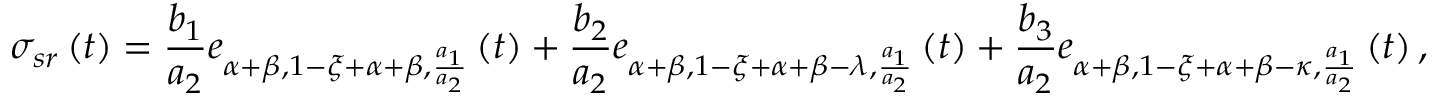
\sigma _ { s r } \left( t \right) = \frac { b _ { 1 } } { a _ { 2 } } e _ { \alpha + \beta , 1 - \xi + \alpha + \beta , \frac { a _ { 1 } } { a _ { 2 } } } \left( t \right) + \frac { b _ { 2 } } { a _ { 2 } } e _ { \alpha + \beta , 1 - \xi + \alpha + \beta - \lambda , \frac { a _ { 1 } } { a _ { 2 } } } \left( t \right) + \frac { b _ { 3 } } { a _ { 2 } } e _ { \alpha + \beta , 1 - \xi + \alpha + \beta - \kappa , \frac { a _ { 1 } } { a _ { 2 } } } \left( t \right) ,